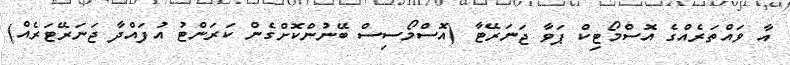
އާ ވައްތަރެއްގެ އޮސްމޯޓިކް ޕަވާ ޖަނަރޭޓާ (އޮސްމޯސިސް ބޭނުންކޮށްގެން ކަރަންޓު އުފައްދާ ޖަނަރޭޓަރެއް)